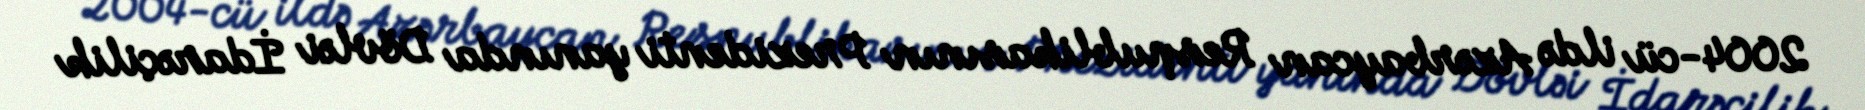
2004-cü ildə Azərbaycan Respublikasının Prezidenti yanında Dövləi İdarəçilik